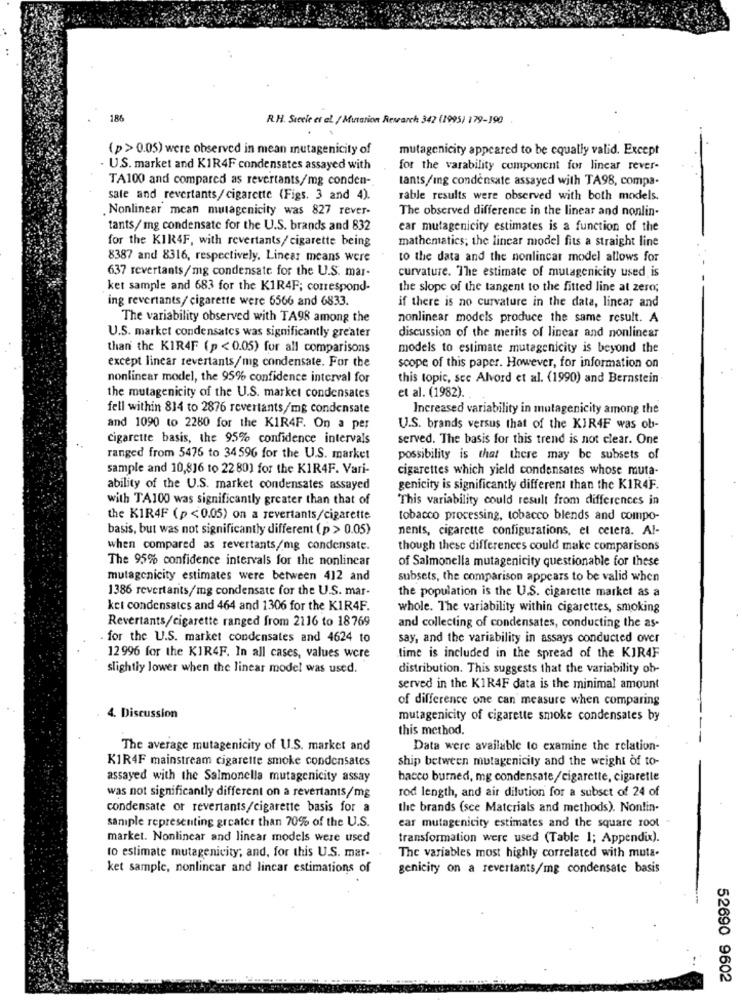
186
R.H. Steele et al / Mutation Research 342 (1995) 179-190
(p > 0.05) were observed in mean mutagenicity of
mutagenicity appeared to be equally valid. Except
U.S. market and KIR4F condensates assayed with
for the varability component for linear rever-
TA100 and compared as revertants/mg conden-
tants/Ing condensate assayed with TA98, compa-
sale and revertants/cigarette (Figs. 3 and 4).
rable results were observed with both models.
Nonlinear mean mutagenicity was 827 rever-
The observed difference in the linear and nonlin-
tants/ mg condensate for the U.S. brands and 832
ear mutagenicity estimates is a function of the
for the KIR4F, with revertants/ cigarette being
mathematics; the lincar model fits a straight line
8387 and 8316, respectively. Linear means were
to the data and the nonlincar model allows for
637 revertants/mg condensate for the U.S. mar-
curvature. The estimate of mutagenicity used is
ket sample and 683 for the K1R4F; correspond-
the slope of the tangent to the fitted line at zero;
ing revertants/ cigarette were 6566 and 6833.
if there is no curvature in the data, linear and
The variability observed with TA98 among the
nonlinear models produce the same result. A
U.S. market condensates was significantly greater
discussion of the merits of linear and nonlinear
than the KIR4F (p < 0.05) for all comparisons
models to estimate mutagenicity is beyond the
except linear revertants/mg condensate. For the
scope of this paper. However, for information on
nonlinear model, the 95% confidence interval for
this topic, sce Alvord et al. (1990) and Bernstein
the mutagenicity of the U.S. market condensates
et al. (1982).
fell within 814 to 2876 revertants/mg condensate
Increased variability in mutagenicity among the
and 1090 to 2280 for the KIR4F. On a per
U.S. brands versus that of the KIR4F was ob-
cigarette basis, the 95% confidence intervals
served. The basis for this trend is not clear. One
ranged from 5476 to 34596 for the U.S. market
possibility is that there may be subsets of
sample and 10,816 to 22 80) for the KIR4F. Vari-
cigarettes which yield condensates whose muta-
ability of the U.S. market condensates assayed
genicity is significantly different than the KIR4F.
with TA100 was significantly greater than that of
This variability could result from differences in
the KIR4F (p<0.05) on a revertants/cigarette
tobacco processing, tobacco blends and compo-
basis, but was not significantly different (p > 0.05)
nents, cigarette configurations, et cetera. Al-
when compared as revertants/mg condensate.
though these differences could make comparisons
The 95% confidence intervals for the nonlinear
of Salmonella mutagenicity questionable for these
mutagenicity estimates were between 412 and
subsets, the comparison appears to be valid when
1386 revertants/mg condensate for the U.S. mar-
the population is the U.S. cigarette market as a
ket condensates and 464 and 1306 for the KIR4F.
whole. The variability within cigarettes, smoking
Revertants/cigarette ranged from 2116 to 18769
and collecting of condensates, conducting the as-
. for the U.S. market condensates and 4624 to
say, and the variability in assays conducted over
12996 for the KIR4F. In all cases, values were
time is included in the spread of the KIR4F
slightly lower when the linear model was used.
distribution. This suggests that the variability ob-
served in the KIR4F data is the minimal amount
of difference one can measure when comparing
4. Discussion
mutagenicity of cigarette smoke condensates by
this method.
The average mutagenicity of U.S. market and
Data were available to examine the relation-
KIR4F mainstream cigarette smoke condensates
ship between mutagenicity and the weight of to-
assayed with the Salmonella mutagenicity assay
bacco burned, mg condensate/cigarette, cigarette
was not significantly different on a revertants/mg
rod length, and air dilution for a subset of 24 of
condensate or revertants/cigarette basis for a
the brands (sce Materials and methods). Nontin-
sample representing greater than 70% of the U.S.
ear mutagenicity estimates and the square root
market. Nonlinear and linear models were used
transformation were used (Table 1; Appendix).
The variables most highly correlated with muta-
to estimate mutagenicity; and, for this U.S. mar.
ket sample, nonlinear and linear estimations of
genicity on a revertants/mg condensate basis
52690 9602